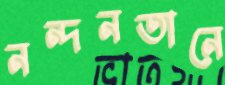
নন্দনতানে